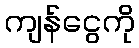
ကျန်ငွေကို